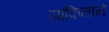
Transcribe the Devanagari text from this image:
साफिनाने